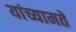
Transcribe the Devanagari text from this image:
यांच्यामते